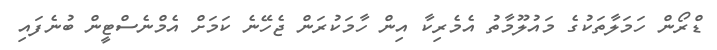
ޑްރޯން ހަމަލާތަކުގެ މައުލޫމާތު އެމެރިކާ އިން ހާމަކުރަން ޖެހޭނެ ކަމަށް އެމްނެސްޓީން ބުނެފައި